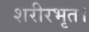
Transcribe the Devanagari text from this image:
शरीरभृत।